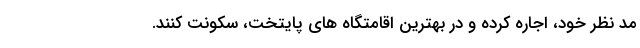
مد نظر خود، اجاره کرده و در بهترین اقامتگاه های پایتخت، سکونت کنند.